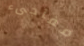
مفاجىء